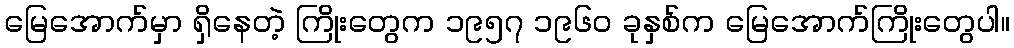
မြေအောက်မှာ ရှိနေတဲ့ ကြိုးတွေက ၁၉၅၇ ၁၉၆၀ ခုနှစ်က မြေအောက်ကြိုးတွေပါ။